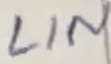
Text: LIN